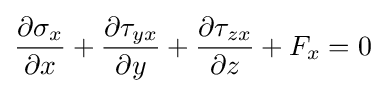
{\frac {\partial \sigma _{x}}{\partial x}}+{\frac {\partial \tau _{yx}}{\partial y}}+{\frac {\partial \tau _{zx}}{\partial z}}+F_{x}=0